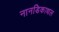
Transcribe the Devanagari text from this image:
नानडिकाथल